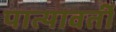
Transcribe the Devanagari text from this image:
पात्यावर्ती